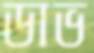
ডাভ